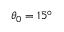
\theta _ { 0 } = 1 5 ^ { \circ }